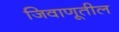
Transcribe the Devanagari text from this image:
जिवाणूतील